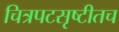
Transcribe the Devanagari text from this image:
चित्रपटसृष्टीतच